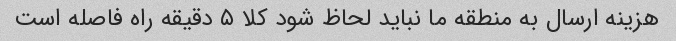
هزینه ارسال به منطقه ما نباید لحاظ شود کلا ۵ دقیقه راه فاصله است